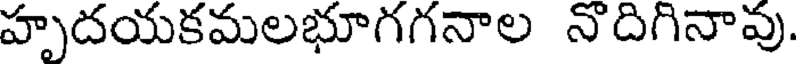
హృదయకమలభూగగనాల నొదిగినావు.